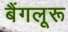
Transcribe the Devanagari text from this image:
बैंगलूरू